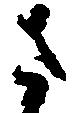
さ